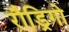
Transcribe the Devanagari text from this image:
रौड्रिगो